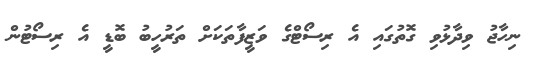
ނިހާޖު ވިދާޅުވި ގޮތުގައި އެ ރިސޯޓްގެ ވަޒީފާތަކަށް ތަރުހީބު ބޮޑީ އެ ރިސޯޓުން